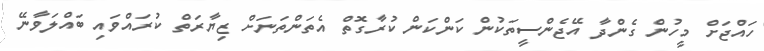
ހައްޖަށް މީހުން ގެންދާ އޭޖެންސީތަކުން ކަންކަން ކުރާގޮތް އެތަންތަނަށް ޒިޔާރަތް ކުރައްވައި ބައްލަވާނޭ